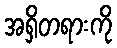
အရှိတရားကို